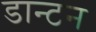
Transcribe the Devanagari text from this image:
डान्टन